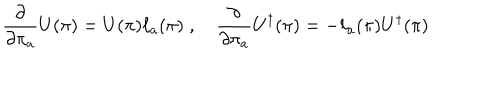
\frac { \partial } { \partial \pi _ { a } } U ( \pi ) = U ( \pi ) \ell _ { a } ( \pi ) \; , \quad \frac { \partial } { \partial \pi _ { a } } U ^ { \dagger } ( \pi ) = - \ell _ { a } ( \pi ) U ^ { \dagger } ( \pi )